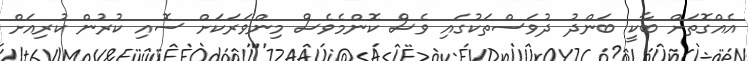
އެއްގޮތަށް ބާކީ ބަންދު ދުވަސްތަކުގައި ވެސް ކޮންމެވެސް މިންވަރަކަށް ސޮއި ކުރުން ކުރިއަށް